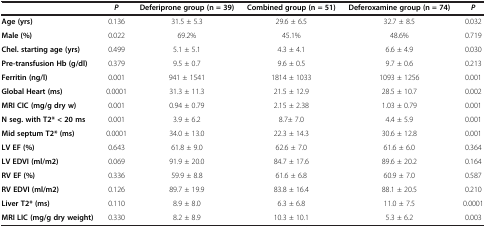
|  | P | Deferiprone group (n = 39) | Combined group (n = 51) | Deferoxamine group (n = 74) | P |
 | --- | --- | --- | --- | --- | --- |
 | Age (yrs) | 0.136 | 31.5 ± 5.3 | 29.6 ± 6.5 | 32.7 ± 8.5 | 0.032 |
 | Male (%) | 0.022 | 69.2% | 45.1% | 48.6% | 0.719 |
 | Chel. starting age (yrs) | 0.499 | 5.1 ± 5.1 | 4.3 ± 4.1 | 6.6 ± 4.9 | 0.030 |
 | Pre-transfusion Hb (g/dl) | 0.379 | 9.5 ± 0.7 | 9.6 ± 0.5 | 9.7 ± 0.6 | 0.213 |
 | Ferritin (ng/l) | 0.001 | 941 ± 1541 | 1814 ± 1033 | 1093 ± 1256 | 0.001 |
 | Global Heart (ms) | 0.0001 | 31.3 ± 11.3 | 21.5 ± 12.9 | 28.5 ± 10.7 | 0.002 |
 | MRI CIC(mg/g dry w) | 0.001 | 0.94 ± 0.79 | 2.15 ± 2.38 | 1.03 ± 0.79 | 0.001 |
 | N seg. with T2* < 20 ms | 0.001 | 3.9 ± 6.2 | 8.7± 7.0 | 4.4 ± 5.9 | 0.001 |
 | Mid septum T2* (ms) | 0.0001 | 34.0 ± 13.0 | 22.3 ± 14.3 | 30.6 ± 12.8 | 0.001 |
 | LV EF (%) | 0.643 | 61.8 ± 9.0 | 62.6 ± 7.0 | 61.6 ± 6.0 | 0.364 |
 | LV EDVI (ml/m2) | 0.069 | 91.9 ± 20.0 | 84.7 ± 17.6 | 89.6 ± 20.2 | 0.164 |
 | RV EF (%) | 0.336 | 59.9 ± 8.8 | 61.6 ± 6.8 | 60.9 ± 7.0 | 0.587 |
 | RV EDVI (ml/m2) | 0.126 | 89.7 ± 19.9 | 83.8 ± 16.4 | 88.1 ± 20.5 | 0.210 |
 | Liver T2* (ms) | 0.110 | 8.9 ± 8.0 | 6.3 ± 6.8 | 11.0 ± 7.5 | 0.0001 |
 | MRI LIC(mg/g dry weight) | 0.330 | 8.2 ± 8.9 | 10.3 ± 10.1 | 5.3 ± 6.2 | 0.003 |